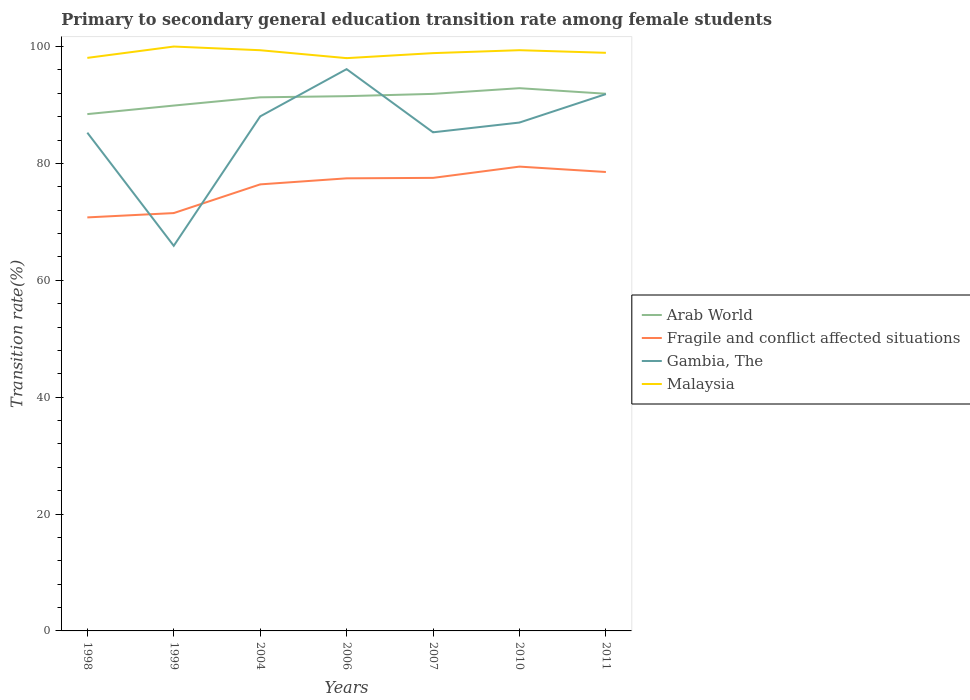
| Years | Arab World | Fragile and conflict affected situations | Gambia, The | Malaysia |
 | --- | --- | --- | --- | --- |
 | 1998 | 88.4 | 70.8 | 85.3 | 98.1 |
 | 1999 | 89.9 | 71.5 | 65.9 | 100 |
 | 2004 | 91.3 | 76.4 | 88 | 99.4 |
 | 2006 | 91.5 | 77.4 | 96.1 | 98 |
 | 2007 | 91.9 | 77.5 | 85.3 | 98.9 |
 | 2010 | 92.9 | 79.5 | 87 | 99.4 |
 | 2011 | 91.9 | 78.5 | 91.9 | 98.9 |